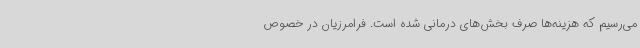
می‌رسیم که هزینه‌ها صرف بخش‌های درمانی شده است. فرامرزیان در خصوص